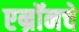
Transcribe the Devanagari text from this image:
एन्रॉनचे